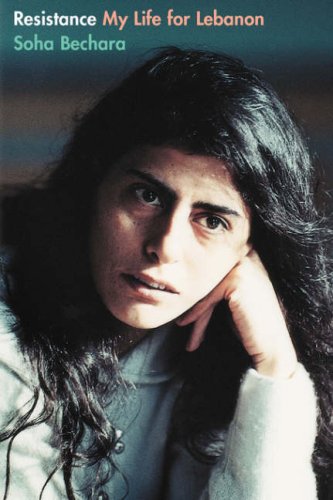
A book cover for Resistance: My Life for Lebanon; Souha Bechara; History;